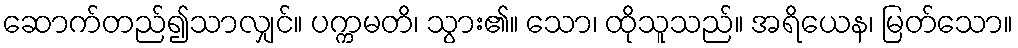
ဆောက်တည်၍သာလျှင်။ ပက္ကမတိ၊ သွား၏။ သော၊ ထိုသူသည်။ အရိယေန၊ မြတ်သော။